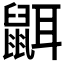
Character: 𪕔